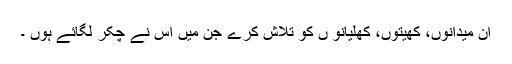
ان میدانوں، کھیتوں، کھلیانو ں کو تلاش کرے جن میں اس نے چکر لگائے ہوں ۔